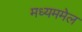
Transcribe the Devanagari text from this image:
मध्यममेल